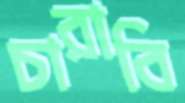
চারাবি